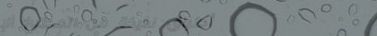
أطباق لذيذة من المطبخ الإ